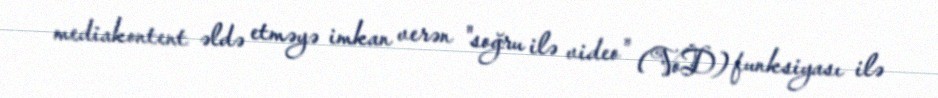
mediakontent əldə etməyə imkan verən "soğru ilə video" (VoD) funksiyası ilə